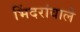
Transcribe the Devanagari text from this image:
भिंदरांवाले